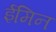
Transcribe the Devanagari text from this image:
ईमिन